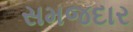
સમજદાર